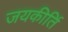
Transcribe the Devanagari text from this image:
जयकीर्ति